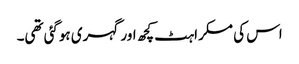
اس کی مسکراہٹ کچھ اور گہری ہوگئی تھی۔